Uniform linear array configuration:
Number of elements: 8
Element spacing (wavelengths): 0.25
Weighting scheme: hamming
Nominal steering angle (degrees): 60
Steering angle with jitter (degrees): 59.044
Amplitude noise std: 0.05
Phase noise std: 0.05

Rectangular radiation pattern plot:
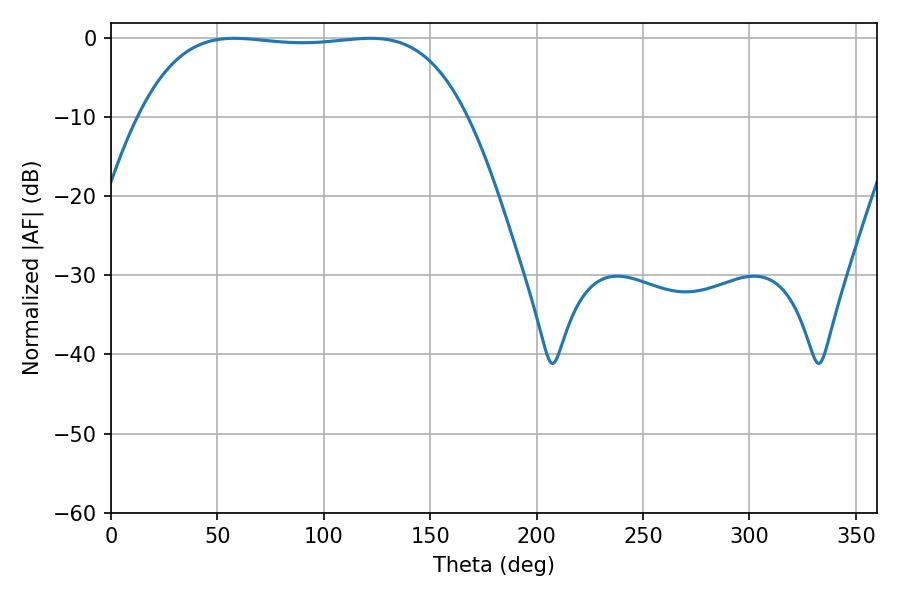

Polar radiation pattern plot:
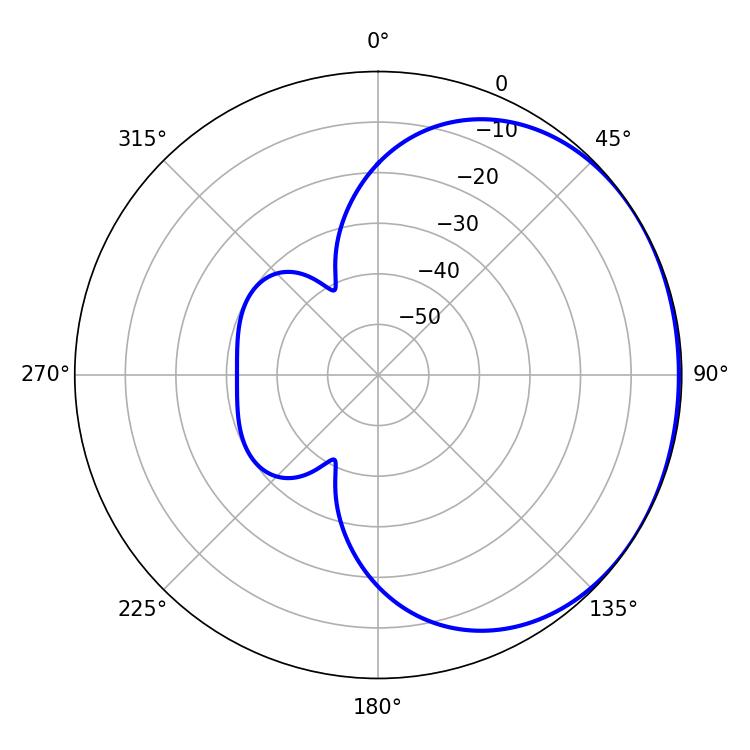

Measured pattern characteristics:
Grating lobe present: FALSE
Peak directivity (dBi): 0.8785
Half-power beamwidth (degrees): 120.6
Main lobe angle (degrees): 57.96